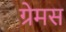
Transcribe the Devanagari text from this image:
ग्रेमस